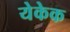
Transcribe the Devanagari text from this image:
येकेक